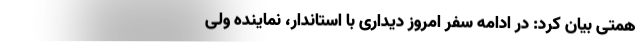
همتی بیان کرد: در ادامه سفر امروز دیداری با استاندار، نماینده ولی